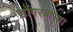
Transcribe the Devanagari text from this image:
डोंगरबाऱ्या